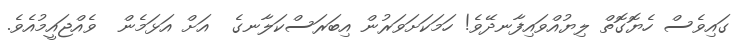
ގައިވެސް ހެޔޮގޮތް ލިޔުއްވައިފާނދޭވެ! ހަމަކަށަވަރުން އިބަރަސްކަލާނގެ  އަށް އަޅަމެން  ވެއްޖައީމުއެވެ.